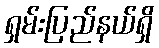
ရှမ်းပြည်နယ်ရှိ